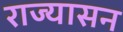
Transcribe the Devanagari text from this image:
राज्यासन